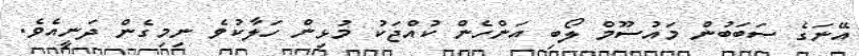
އޭނަގެ ސަބަބުން މައުސޫމް ލޯބި އަންހެން ކުއްޖަކު މުޅިން ހަލާކުވެ ނިމިގެން ދަނީއެވެ.